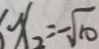
x _ { 2 } = - \sqrt { 1 0 }